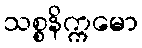
သစ္စနိက္ကမော